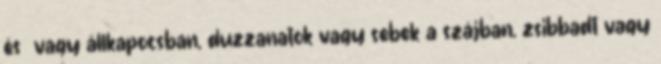
és vagy állkapocsban, duzzanatok vagy sebek a szájban, zsibbadt vagy